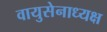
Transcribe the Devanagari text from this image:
वायुसेनाध्यक्ष